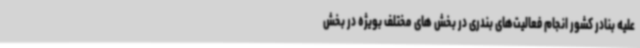
علیه بنادر کشور انجام فعالیت‌های بندری در بخش های مختلف بویژه در بخش